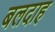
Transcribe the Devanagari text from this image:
बलदाह